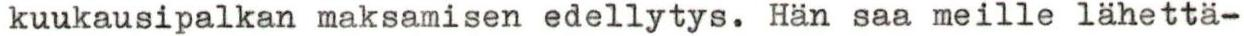
kuukausipalkan maksamisen edellytys. Hän saa meille lähettä-